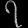
Digit: ၇